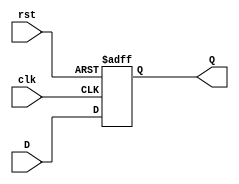
module synchronous_register #(
    parameter WIDTH = 8  // Parameter to define the bit-width of the register
)(
    input wire [WIDTH-1:0] D,   // Data input
    input wire clk,              // Clock signal
    input wire rst,              // Reset signal (active high)
    output reg [WIDTH-1:0] Q     // Data output
);

    // Always block triggered on the rising edge of the clock or active reset
    always @(posedge clk or posedge rst) begin
        if (rst) begin
            Q <= {WIDTH{1'b0}};  // Clear the register (set to zero)
        end else begin
            Q <= D;              // Capture the input data on clock edge
        end
    end

endmodule